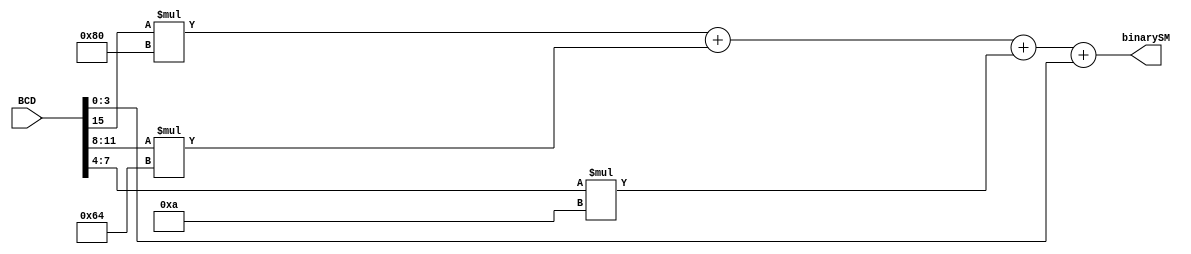
module BCD2BinarySM #(parameter N=8)
(
	input [15:0] BCD,
	output [N-1:0] binarySM
);
	assign binarySM = BCD[15]*(8'b10000000) + BCD[11:8]*(8'b01100100) + BCD[7:4]*(8'b1010) + BCD[3:0];
endmodule